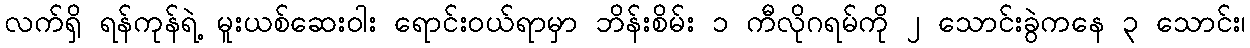
လက်ရှိ ရန်ကုန်ရဲ့ မူးယစ်ဆေးဝါး ရောင်းဝယ်ရာမှာ ဘိန်းစိမ်း ၁ ကီလိုဂရမ်ကို ၂ သောင်းခွဲကနေ ၃ သောင်း၊